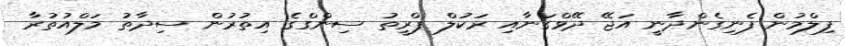
ފިލްމުން ފެނިގެންދާނީ އަޖޭ ދޭވްގަނާއި ރަކުލް ޕްރީތު ސިންގްގެ އިތުރުން ސިދާތު މަލްއުތުރާ